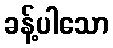
ခန့်ပါသော